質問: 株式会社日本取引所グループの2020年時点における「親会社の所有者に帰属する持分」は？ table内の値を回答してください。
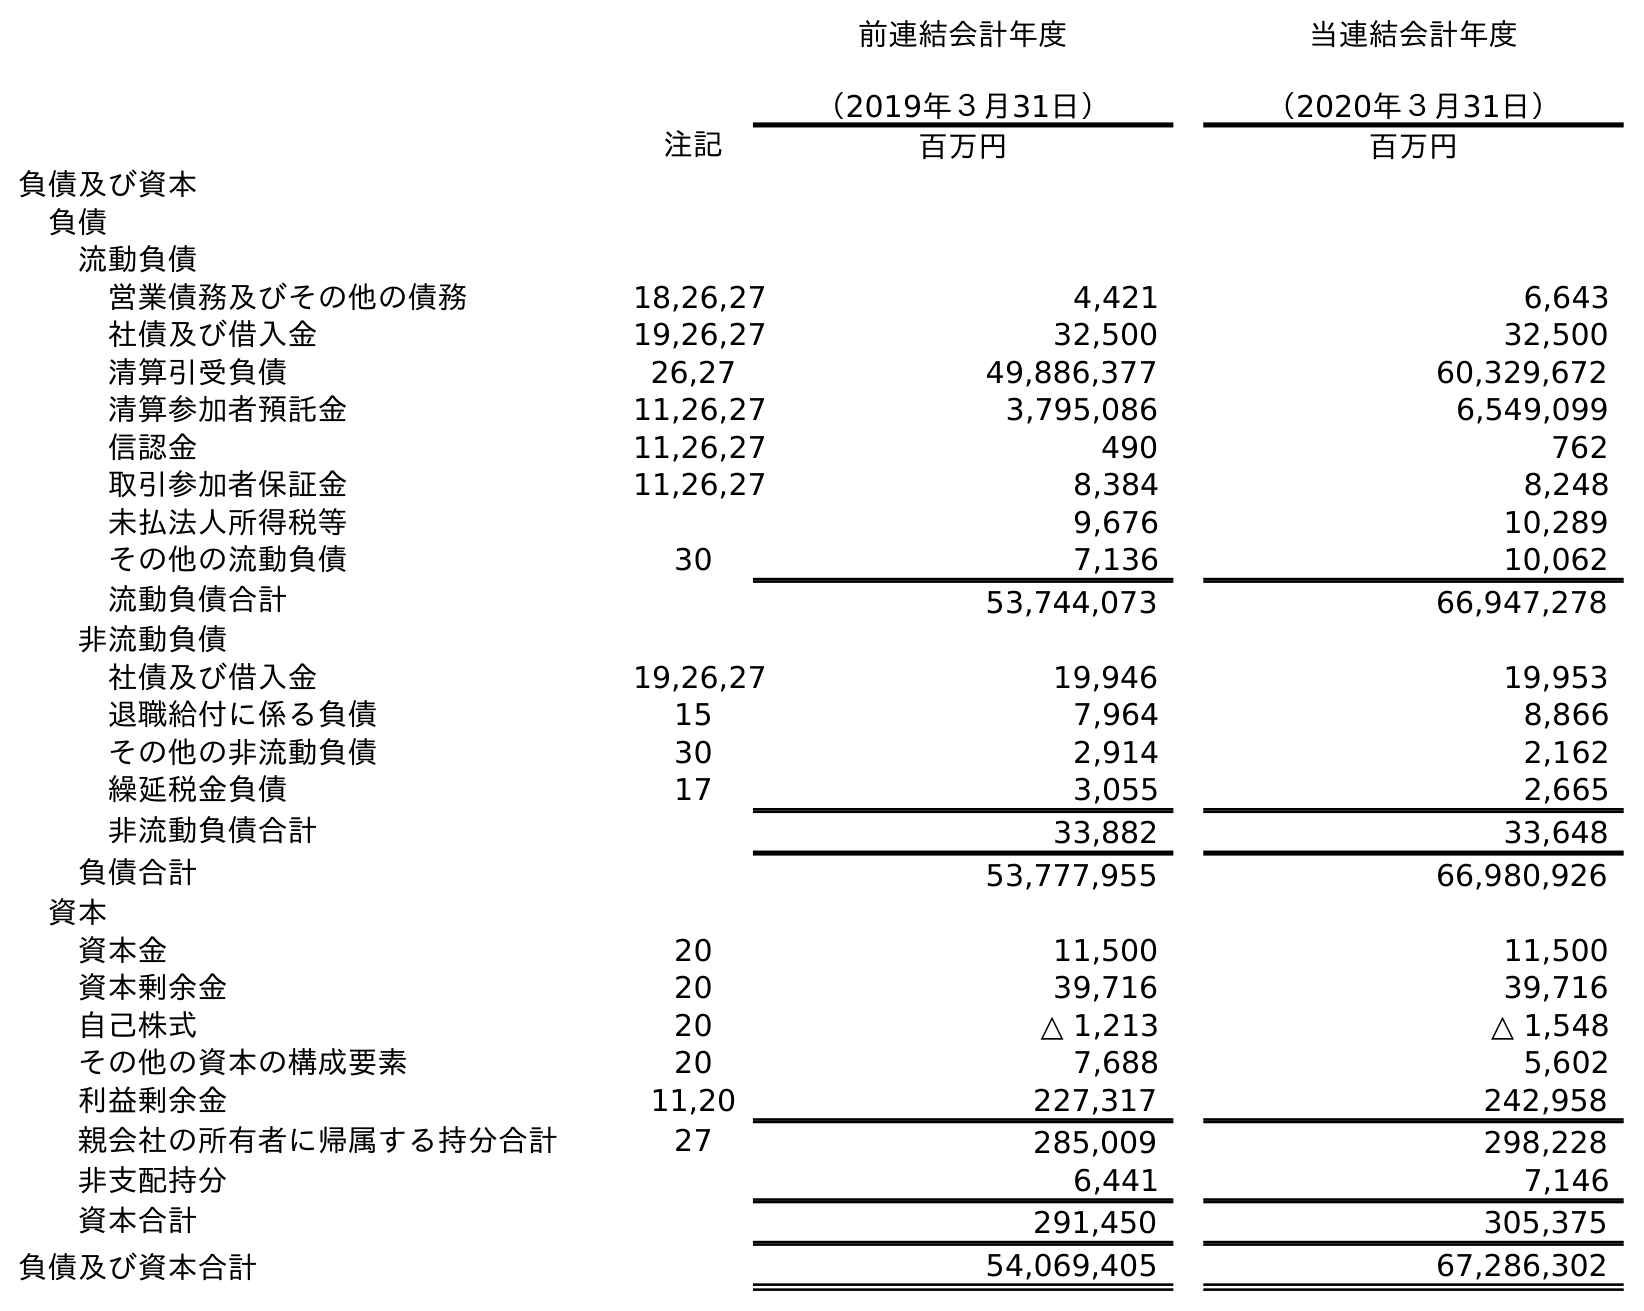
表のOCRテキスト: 前連結会計年度 （2019年３月31日） 当連結会計年度 （2020年３月31日） 注記 百万円 百万円 負債及び資本 負債 流動負債 営業債務及びその他の債務 18,26,27 4,421 6,643 社債及び借入金 19,26,27 32,500 32,500 清算引受負債 26,27 49,886,377 60,329,672 清算参加者預託金 11,26,27 3,795,086 6,549,099 信認金 11,26,27 490 762 取引参加者保証金 11,26,27 8,384 8,248 未払法人所得税等 9,676 10,289 その他の流動負債 30 7,136 10,062 流動負債合計 53,744,073 66,947,278 非流動負債 社債及び借入金 19,26,27 19,946 19,953 退職給付に係る負債 15 7,964 8,866 その他の非流動負債 30 2,914 2,162 繰延税金負債 17 3,055 2,665 非流動負債合計 33,882 33,648 負債合計 53,777,955 66,980,926 資本 資本金 20 11,500 11,500 資本剰余金 20 39,716 39,716 自己株式 20 △ 1,213 △ 1,548 その他の資本の構成要素 20 7,688 5,602 利益剰余金 11,20 227,317 242,958 親会社の所有者に帰属する持分合計 27 285,009 298,228 非支配持分 6,441 7,146 資本合計 291,450 305,375 負債及び資本合計 54,069,405 67,286,302
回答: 298,228